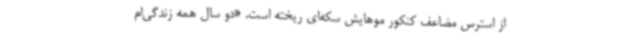
از استرس مضاعف کنکور موهایش سکه‌ای ریخته است. «دو سال همه زندگی‌ام